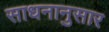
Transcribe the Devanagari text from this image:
साधनानुसार